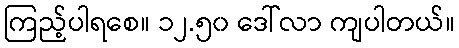
ကြည့်ပါရစေ။ ၁၂.၅၀ ဒေါ်လာ ကျပါတယ်။